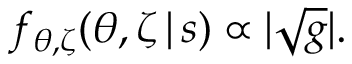
f _ { \theta , \zeta } ( \theta , \zeta \, | \, s ) \propto | \sqrt { g } | .